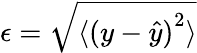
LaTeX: \epsilon=\sqrt{\langle{(y-\hat{y})}^{2}\rangle}